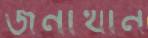
জনাথান